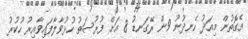
އެގޮތުން މިއަދު ހެނދުނު 9ން ރޭގަނޑު 8 އަށް ފުރުސަތު ހުޅުވާލާފައިވާއިރު ހުކުރު